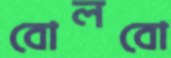
বোলবো